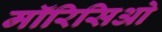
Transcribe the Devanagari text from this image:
मॉरिसिओ